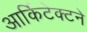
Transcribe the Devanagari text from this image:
आर्किटेक्‍टने